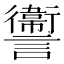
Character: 讏